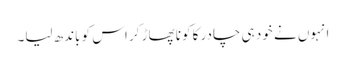
انہوں نے خود ہی چادر کا کونا پھاڑ کر اس کو باندھ لیا۔